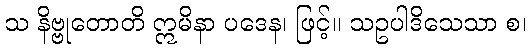
သ နိဗ္ဗုတောတိ ဣမိနာ ပဒေန၊ ဖြင့်။ သဥပါဒိသေသာ စ၊